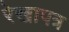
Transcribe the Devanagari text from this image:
रेखापत्र